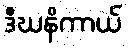
ဒီဃနိကာယ်